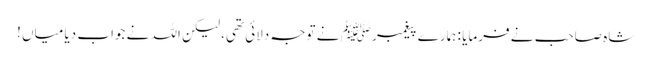
شاہ صاحب نے فرمایا : ہمارے پیغمبر ﷺ نے توجہ دلائی تھی، لیکن اللہ نے جواب دیا میاں !